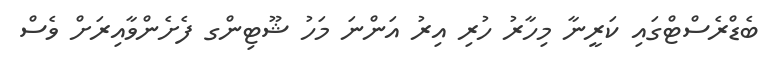
ބެޑްރެސްޓްގައި ކަރީނާ މިހާރު ހުރި އިރު އަންނަ މަހު ޝޫޓިންގ ފެށެންވާއިރަށް ވެސް